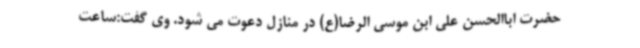
حضرت اباالحسن علی ابن موسی الرضا(ع) در منازل دعوت می شود. وی گفت:ساعت